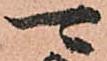
可